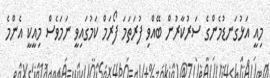
މިއީ އަޅުގަނޑުމެންގެ ސަރުކާރުން ބޭއްވި ފުރަތަމަ ފޯރަމް ކަމުގައިވީ ނަމަވެސް މިއީކީ އެންމެ